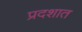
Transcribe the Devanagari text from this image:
प्रदशात